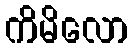
ကိမိလော